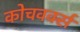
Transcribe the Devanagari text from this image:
कोचवर्क्स